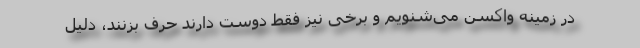
در زمینه واکسن می‌شنویم و برخی نیز فقط دوست دارند حرف بزنند، دلیل